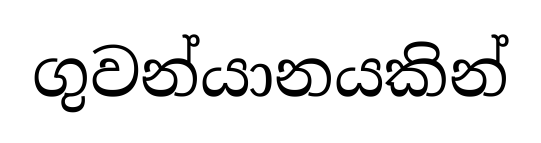
ගුවන්යානයකින්